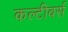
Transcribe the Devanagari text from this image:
कल्टीवर्स